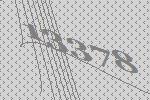
13378